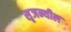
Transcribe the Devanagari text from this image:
सृजन्यील